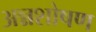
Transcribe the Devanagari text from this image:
अन्नशोषण